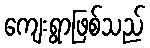
ကျေးရွာဖြစ်သည်